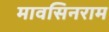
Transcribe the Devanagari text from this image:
मावसिनराम